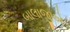
બાલાજીએ